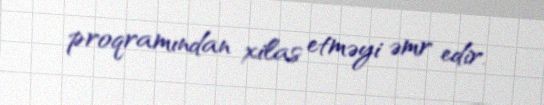
proqramından xilas etməyi əmr edir.